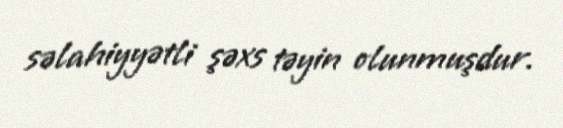
səlahiyyətli şəxs təyin olunmuşdur.